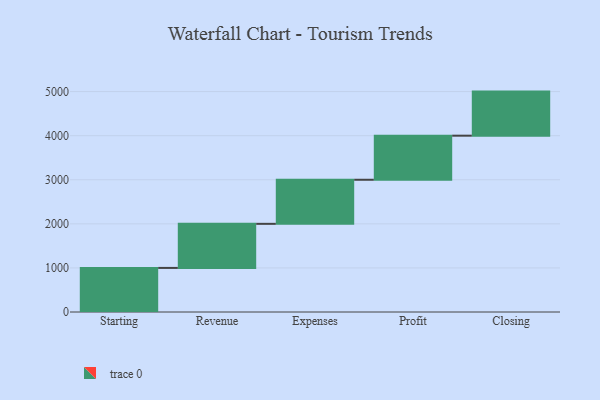
{"axis": {"x": "Step", "y": "Value"}, "legend": [""], "data": [{"x": "Starting", "y": 1000, "type": ""}, {"x": "Revenue", "y": 1000, "type": ""}, {"x": "Expenses", "y": 1000, "type": ""}, {"x": "Profit", "y": 1000, "type": ""}, {"x": "Closing", "y": 1000, "type": ""}]}